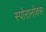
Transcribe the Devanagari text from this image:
स्पोरानोक्स